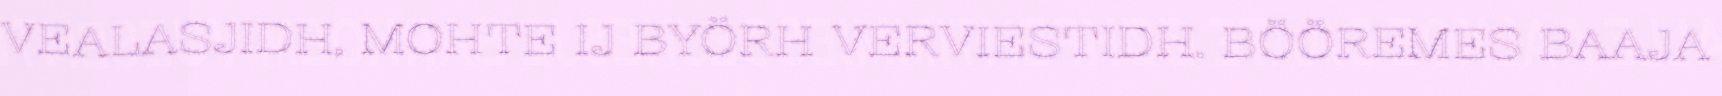
VEALASJIDH, MOHTE IJ BYÖRH VERVIESTIDH. BÖÖREMES BAAJA